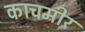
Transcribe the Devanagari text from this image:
काचमीर